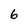
Character: 6